Civil Veterinary Department Bihar & Orissa reports 1922-29 - 1922-1929
Year: 1922
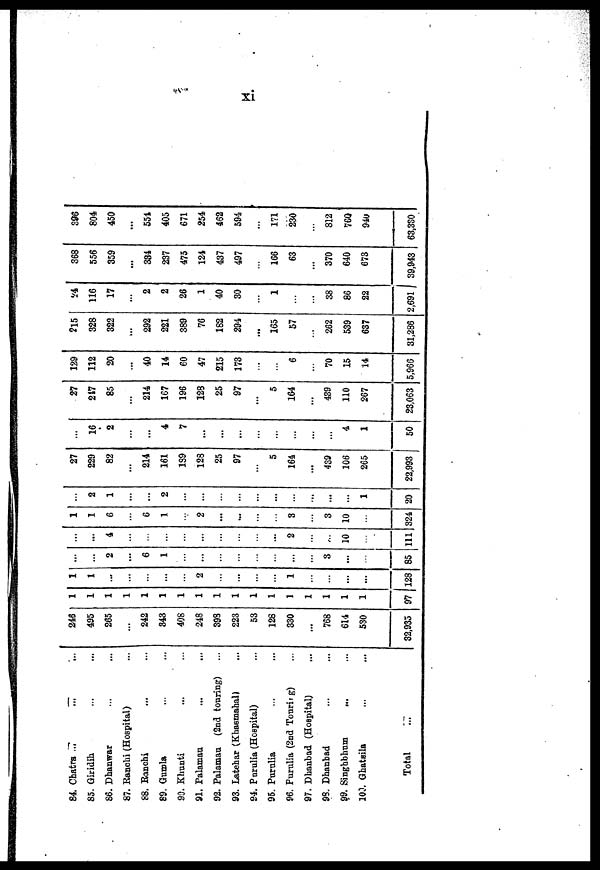
84. Chatra ...
85. Giridih
86. Dhanwar
87. Ranchi (Hospital)
88. Ranchi
89. Gumla
90. Khunti
91. Palamau
92. Palamau (2nd touring)
93. Latehar (Khasmahal)
94. Purulia (Hospital)
95. Purulia
96. Purulia (2nd Tourirg)
97. Dhanbad (Hospital)
93. Dhanbad
99. Singbhum
100. Ghatsila
Total
24S
495
265
...
242
343
408
248
393
223
53
128
330
...
768
614
530
32,935
1
1
...
...
...
2
...
1
...
97 {128
...
...
2
...
6
1
...
...
...
3
...
85
...
4
...
...
...
2
...
10
111
1
1
6
6
1
2
...
...
3
3
10
324
...
2
1
...
2
...
...
...
...
...
...
1
20
27
229
82
...
214
161
139
128
25
97
...
5
164
...
439
106
265
22,993
...
16
2
4
7
...
...
...
4
1
50
27
217
85
...
214
167
196
128
25
97
...
5
164
...
439
110
267
23,063
129
112
20
...
40
14
60
47
215
173
...
6
70
15
14
5,966
215
328
322
...
292
221
389
76
182
294
...
165
57
...
262
539
637
31,286
24
116
17
...
2
2
26
1
40
30
1
38
86
22
2,691 |
368
556
359
...
334
237
475
124
437
497
166
63
...
370
640
673
39,943
306
804
450
...
551
405
671
254
462
594
171
230
812
760
940
63,330